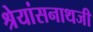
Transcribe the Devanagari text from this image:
श्रेयांसनाथजी